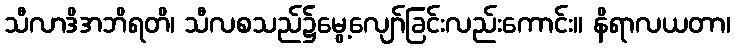
သီလာဒိအဘိရတိ၊ သီလစသည်၌မွေ့လျော်ခြင်းလည်းကောင်း။ နိရာလယတာ၊